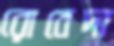
রোবেদা